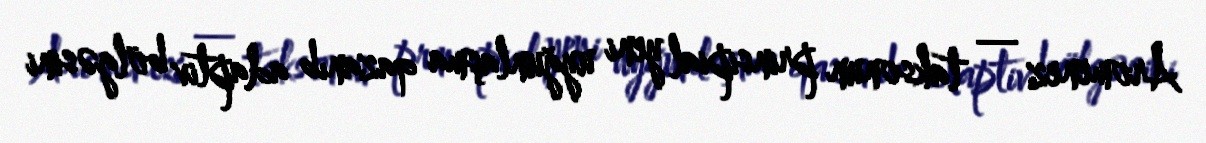
Aromenez — taksonun prinsipial yeni uyğunlaşma qazanıb adaptiv bölgəsini